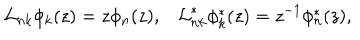
{ \cal L } _ { n k } \phi _ { k } ( z ) = z \phi _ { n } ( z ) , { \cal L } _ { n k } ^ { * } \phi _ { k } ^ { * } ( z ) = z ^ { - 1 } \phi _ { n } ^ { * } ( z ) ,